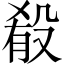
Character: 殽